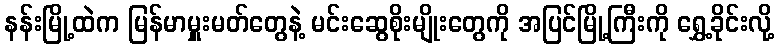
နန်းမြို့ထဲက မြန်မာမှူးမတ်တွေနဲ့ မင်းဆွေစိုးမျိုးတွေကို အပြင်မြို့ကြီးကို ရွှေ့ခိုင်းလို့